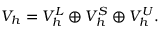
V _ { h } = V _ { h } ^ { L } \oplus V _ { h } ^ { S } \oplus V _ { h } ^ { U } .